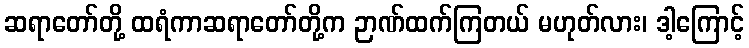
ဆရာတော်တို့ ထရံကာဆရာတော်တို့က ဉာဏ်ထက်ကြတယ် မဟုတ်လား၊ ဒါ့ကြောင့်